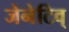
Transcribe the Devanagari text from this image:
जेनेटिव्